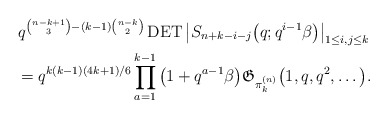
\begin{gather*}q^{{n-k+1 \choose 3}-(k-1) {n-k \choose 2}}\operatorname{DET}\big|S_{n+k-i-j}\big(q; q^{i-1} \beta\big) \big|_{1 \le i,j \le k}\\{}=q^{k(k-1)(4k+1)/6} \prod_{a=1}^{k-1}\big(1+q^{a-1} \beta\big) \mathfrak{G}_{\pi_{k}^{(n)}}\big(1,q,q^2,\ldots\big).\end{gather*}